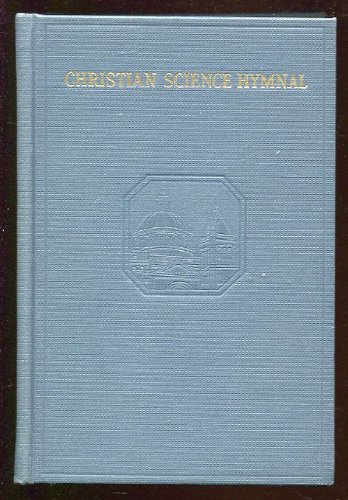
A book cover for Christian Science Hymnal; The Christian Science Board of Directors; Christian Books & Bibles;